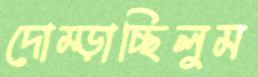
দোম্‌ড়াচ্ছিলুম